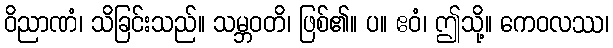
ဝိညာဏံ၊ သိခြင်းသည်။ သမ္ဘဝတိ၊ ဖြစ်၏။ ပ။ ဧဝံ၊ ဤသို့။ ကေဝလဿ၊